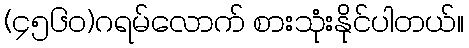
(၄၅၆၀)ဂရမ်လောက် စားသုံးနိုင်ပါတယ်။